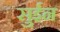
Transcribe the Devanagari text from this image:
सुईन